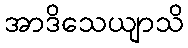
အာဒိသေယျာသိ